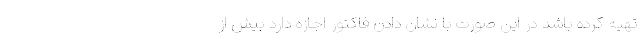
تهیه کرده باشد در این صورت با نشان دادن فاکتور اجازه دارد بیش از